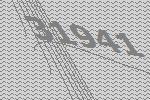
31941